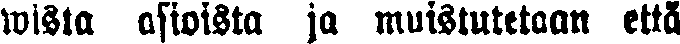
wista asioista ja muistutetaan että